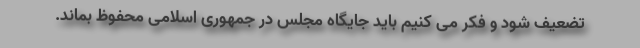
تضعیف شود و فکر می کنیم باید جایگاه مجلس در جمهوری اسلامی محفوظ بماند.